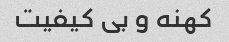
کهنه و بی کیفیت